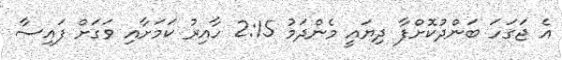
އެ ޖަގަހަ ބަންދުކޮށްފާ ދިޔައީ މެންދަމު 2:15 ހާއިރު ކަމަށާއި ވަގަށް ފައިސާ